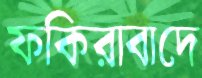
ফকিরাবাদে